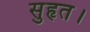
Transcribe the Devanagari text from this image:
सुहृत।